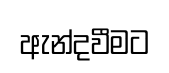
ඇන්දවීමට